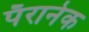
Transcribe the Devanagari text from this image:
पॅरानेक